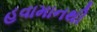
હવામાનથી